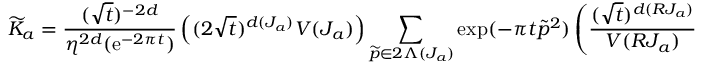
{ \widetilde { \cal K } } _ { a } = { \frac { ( \sqrt { t } ) ^ { - 2 d } } { \eta ^ { 2 d } ( { \mathrm { e } } ^ { - 2 \pi t } ) } } \left( ( 2 \sqrt { t } ) ^ { d ( J _ { a } ) } V ( J _ { a } ) \right) \sum _ { { \widetilde p } \in 2 \Lambda ( J _ { a } ) } \exp ( - \pi t { \widetilde p } ^ { 2 } ) \left( { \frac { ( \sqrt { t } ) ^ { d ( R J _ { a } ) } } { V ( R J _ { a } ) } } \right) \sum _ { { \widetilde w } \in { \widetilde \Lambda } ( R J _ { a } ) } \exp ( - \pi t { \widetilde w } ^ { 2 } ) ~ .